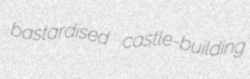
bastardised castle-building